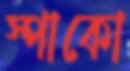
স্পাকো